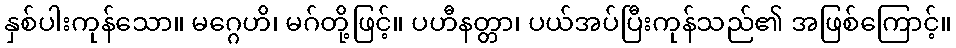
နှစ်ပါးကုန်သော။ မဂ္ဂေဟိ၊ မဂ်တို့ဖြင့်။ ပဟီနတ္တာ၊ ပယ်အပ်ပြီးကုန်သည်၏ အဖြစ်ကြောင့်။